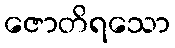
ဇောတိရသော